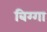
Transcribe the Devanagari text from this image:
बिग्गा